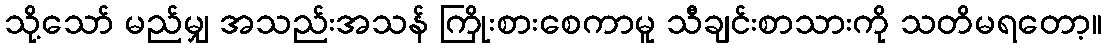
သို့သော် မည်မျှ အသည်းအသန် ကြိုးစားစေကာမူ သီချင်းစာသားကို သတိမရတော့။